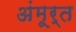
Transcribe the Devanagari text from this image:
अंमूर्त